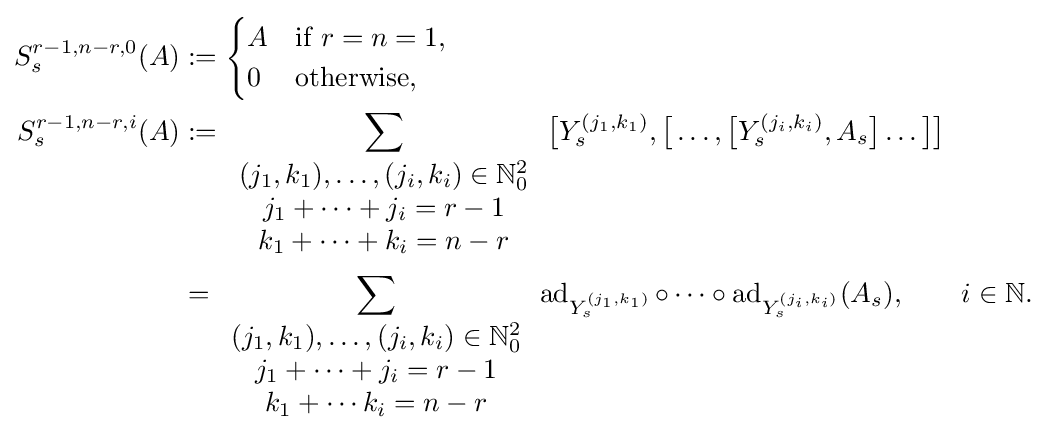
{\begin{aligned}S_{s}^{r-1,n-r,0}(A)&:={\begin{cases}A&{\text{if }}r=n=1,\\0&{\text{otherwise}},\end{cases}}\\S_{s}^{r-1,n-r,i}(A)&:=\sum _{\begin{array}{c}(j_{1},k_{1}),\dots ,(j_{i},k_{i})\in \mathbb {N} _{0}^{2}\\j_{1}+\cdots +j_{i}=r-1\\k_{1}+\cdots +k_{i}=n-r\end{array}}{\big [}Y_{s}^{(j_{1},k_{1})},{\big [}\dots ,{\big [}Y_{s}^{(j_{i},k_{i})},A_{s}{\big ]}\dots {\big ]}{\big ]}\\&=\sum _{\begin{array}{c}(j_{1},k_{1}),\dots ,(j_{i},k_{i})\in \mathbb {N} _{0}^{2}\\j_{1}+\cdots +j_{i}=r-1\\k_{1}+\cdots k_{i}=n-r\end{array}}\operatorname {ad} _{Y_{s}^{(j_{1},k_{1})}}\circ \cdots \circ \operatorname {ad} _{Y_{s}^{(j_{i},k_{i})}}(A_{s}),\qquad i\in \mathbb {N} .\end{aligned}}